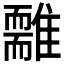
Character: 𩁃